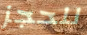
للحجز